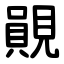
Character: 䚋